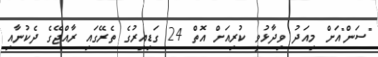
"ސަން"އަށް މިއަދު ވިދާޅުވީ ކުރިއަށް އޮތް 24 ގަޑިއިރުގެ ތެރޭގައި ރާއްޖޭގެ ދެކުނާއި